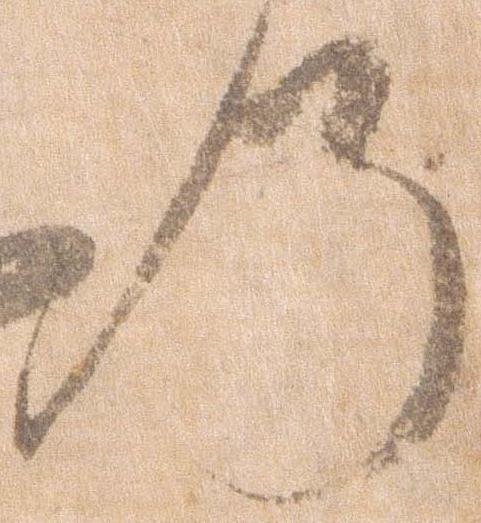
の